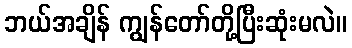
ဘယ်အချိန် ကျွန်တော်တို့ပြီးဆုံးမလဲ။